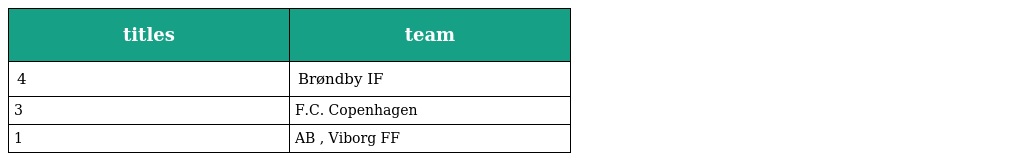
| titles | team |
 | --- | --- |
 | 4 | Brøndby IF |
 | 3 | F.C. Copenhagen |
 | 1 | AB , Viborg FF |